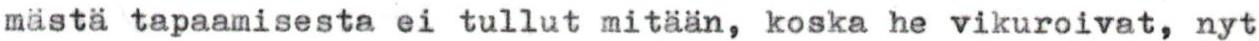
mästä tapaamisesta ei tullut mitään, koska he vikuroivat, nyt